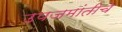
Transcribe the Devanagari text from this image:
उपजमांतीचे